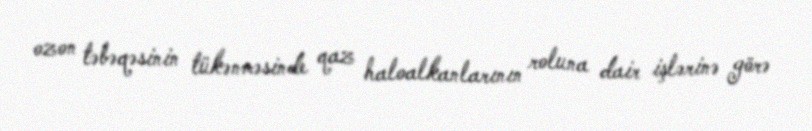
ozon təbəqəsinin tükənməsinde qaz haloalkanlarının roluna dair işlərinə görə